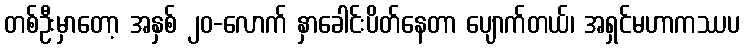
တစ်ဦးမှာတော့ အနှစ် ၂၀-လောက် နှာခေါင်းပိတ်နေတာ ပျောက်တယ်၊ အရှင်မဟာကဿပ